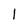
Character: 1